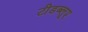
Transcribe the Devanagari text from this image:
टीडब्लूए